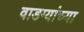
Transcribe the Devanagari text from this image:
वाडग्यांच्या